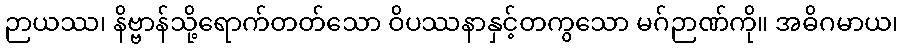
ဉာယဿ၊ နိဗ္ဗာန်သို့ရောက်တတ်သော ဝိပဿနာနှင့်တကွသော မဂ်ဉာဏ်ကို။ အဓိဂမာယ၊